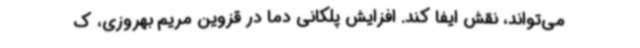
می‌تواند، نقش ایفا کند. افزایش پلکانی دما در قزوین مریم بهروزی، ک